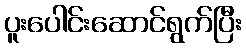
ပူးပေါင်းဆောင်ရွက်ပြီး